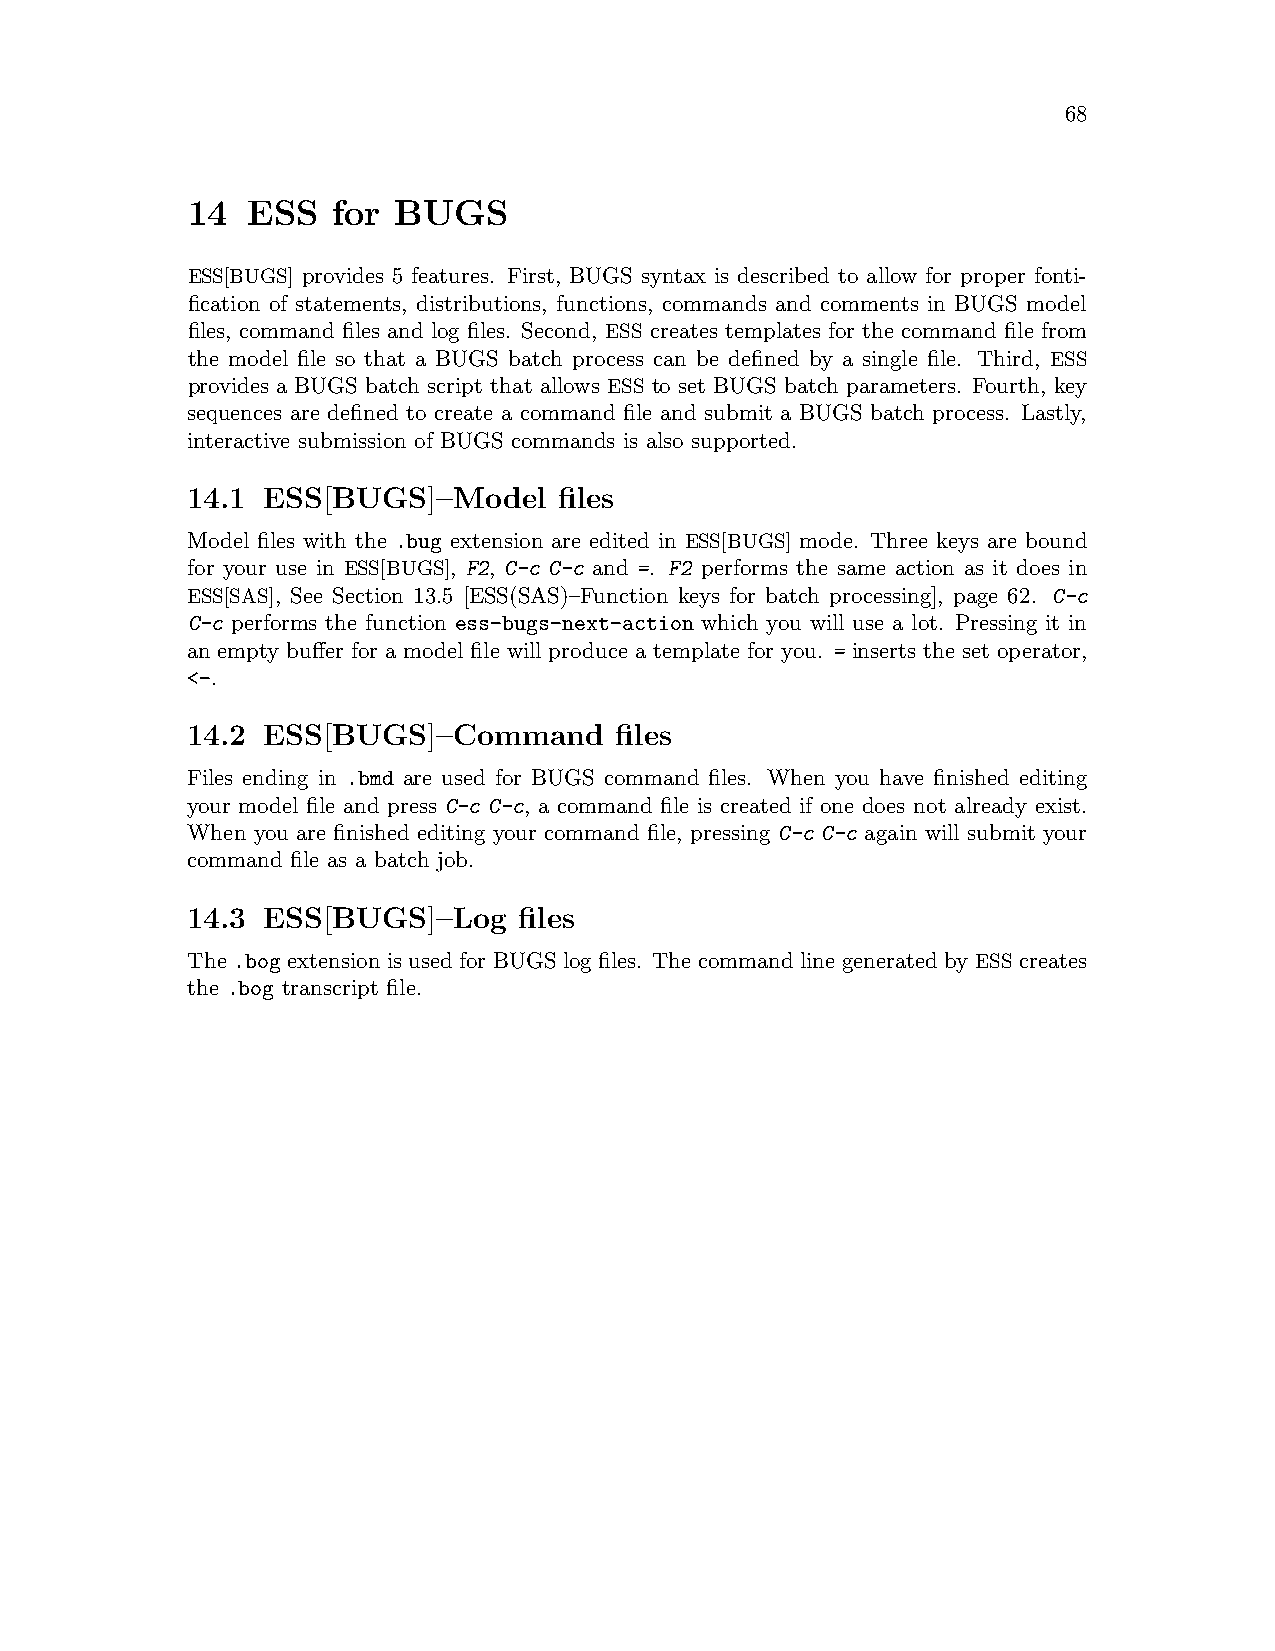
68
 14  ESS   for BUGS
 ESS[BUGS] provides 5 features. First, BUGS syntax is described to allow for proper fonti-
 fication of statements, distributions, functions, commands and comments in BUGS model
 files, command files and log files. Second, ESS creates templates for the command file from
 the model file so that a BUGS batch process can be defined by a single file. Third, ESS
 provides a BUGS batch script that allows ESS to set BUGS batch parameters. Fourth, key
 sequences are defined to create a command file and submit a BUGS batch process. Lastly,
 interactive submission of BUGS commands is also supported.
 14.1 ESS[BUGS]–Model     files
 Model files with the .bug extension are edited in ESS[BUGS] mode. Three keys are bound
 for your use in ESS[BUGS], F2, C-c C-c and =. F2 performs the same action as it does in
 ESS[SAS], See Section 13.5 [ESS(SAS)–Function keys for batch processing], page 62. C-c
 C-c performs the function ess-bugs-next-action which you will use a lot. Pressing it in
 an empty buffer for a model file will produce a template for you. = inserts the set operator,
 <-.
 14.2 ESS[BUGS]–Command       files
 Files ending in .bmd are used for BUGS command files. When you have finished editing
 your model file and press C-c C-c, a command file is created if one does not already exist.
 When you are finished editing your command file, pressing C-c C-c again will submit your
 command file as a batch job.
 14.3 ESS[BUGS]–Log    files
 The .bog extension is used for BUGS log files. The command line generated by ESS creates
 the .bog transcript file.